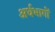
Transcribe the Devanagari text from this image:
अर्धभागों